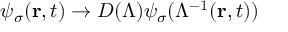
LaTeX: \psi _ { \sigma } ( \mathbf { r } , t ) \rightarrow D ( \Lambda ) \psi _ { \sigma } ( \Lambda ^ { - 1 } ( \mathbf { r } , t ) )